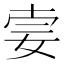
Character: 𡜌